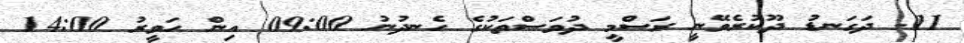
11- ދަގަނޑު ދޫކުރެވޭނީ ރަސްމީ ދުވަސްތަކުގެ ހެނދުނު 09:00 އިން ހަވީރު 14:00